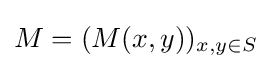
M=(M(x,y))_{x,y\in S}